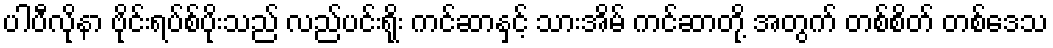
ပါပီလိုနာ ဗိုင်းရပ်စ်ပိုးသည် လည်ပင်းရိုး ကင်ဆာနှင့် သားအိမ် ကင်ဆာတို့ အတွက် တစ်စိတ် တစ်ဒေသ